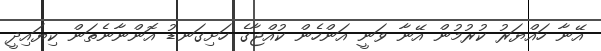
އޭނާ ހައްޔަރު ކުރުމުން އޭނާ ވަނީ އަންހެން ކުއްޖާގެ ހަށިގަނޑު އޮންނާނެތަން ކިޔައިދީ